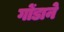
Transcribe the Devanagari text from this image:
गोंडाने